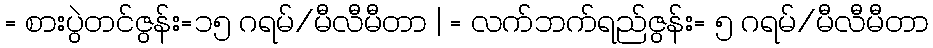
= စားပွဲတင်ဇွန်း=၁၅ ဂရမ်/မီလီမီတာ | = လက်ဘက်ရည်ဇွန်း= ၅ ဂရမ်/မီလီမီတာ